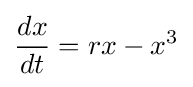
{dx \over dt}=rx-x^{3}